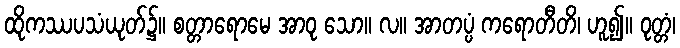
ထိုကဿပသံယုတ်၌။ စတ္တာရောမေ အာဝု သော။ လ။ အာတပ္ပံ ကရောတီတိ၊ ဟူ၍။ ဝုတ္တံ၊